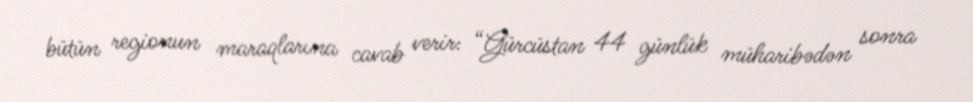
bütün regionun maraqlarına cavab verir: “Gürcüstan 44 günlük müharibədən sonra